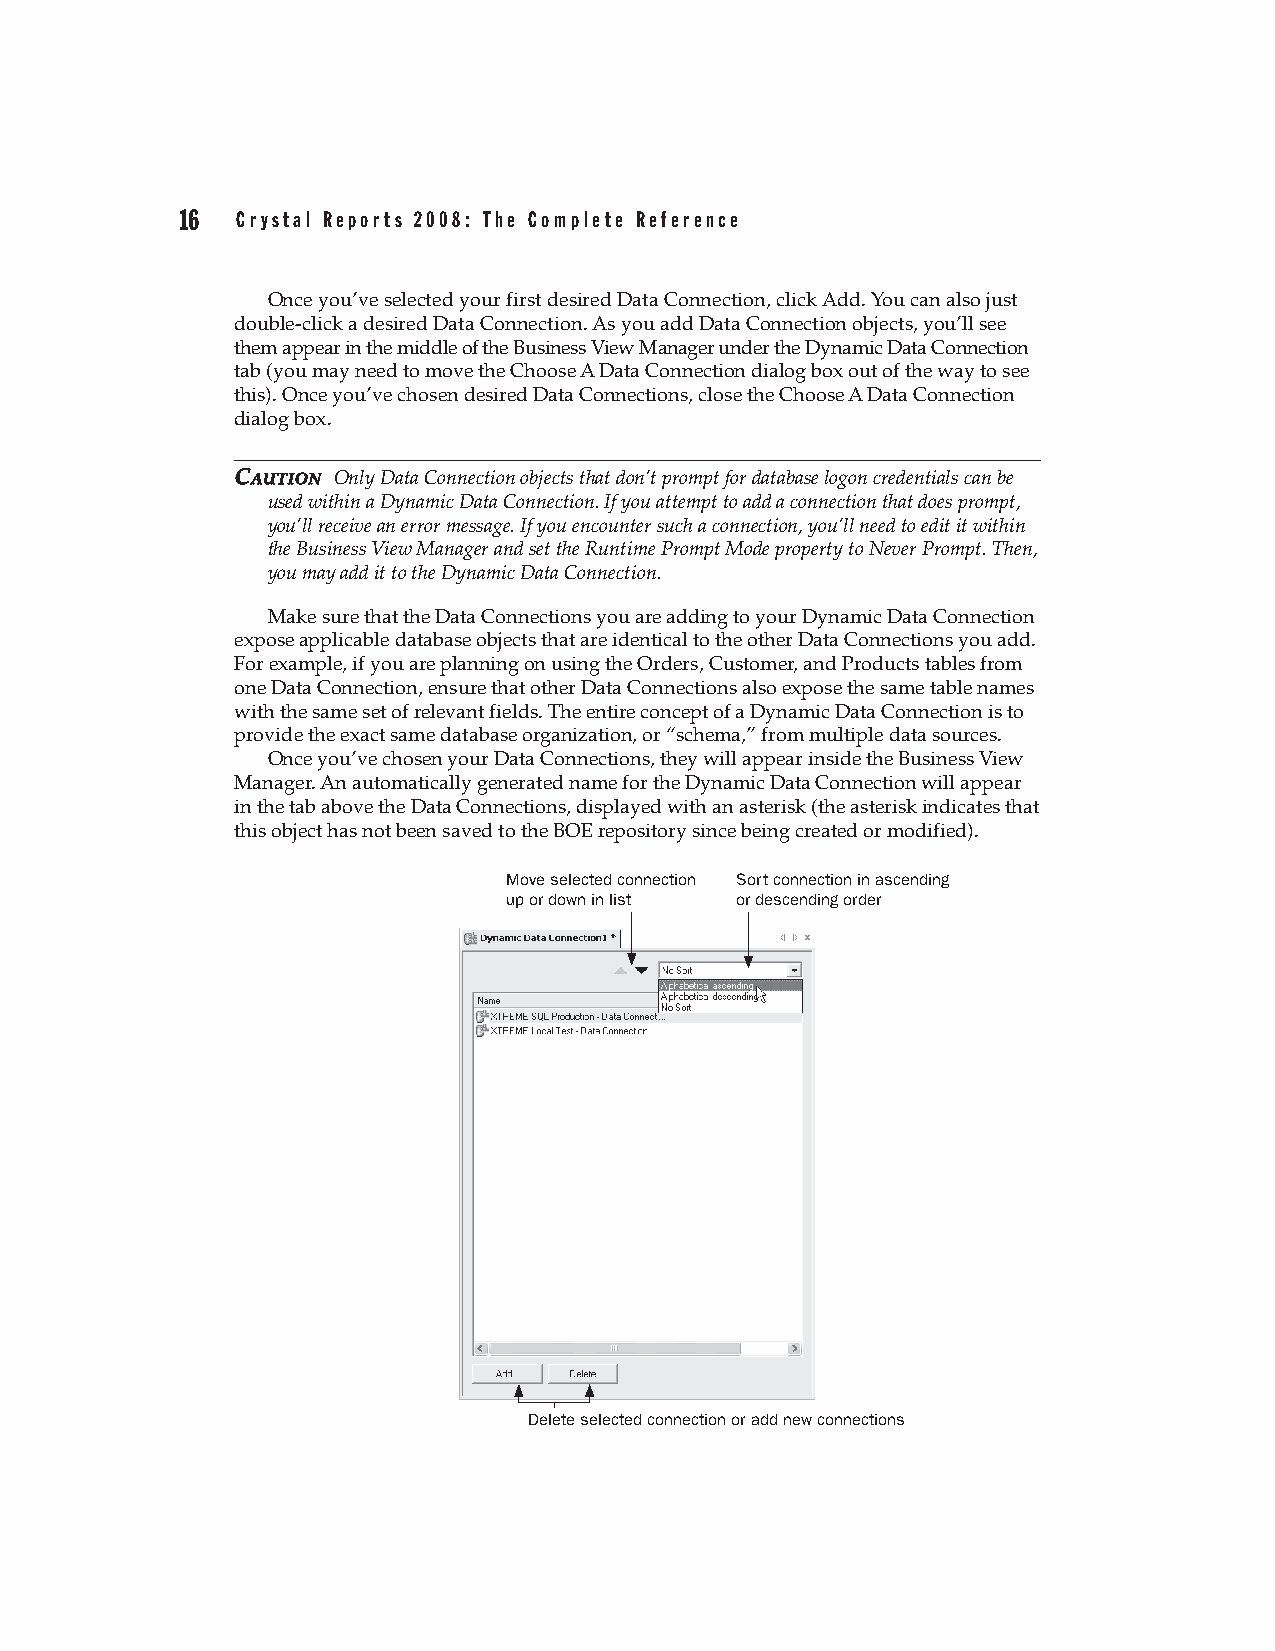
16  Crystal Reports 2008: The Complete Reference
 Once you’ve selected your first desired Data Connection, click Add. You can also just
 double-click a desired Data Connection. As you add Data Connection objects, you’ll see
 them appear in the middle of the Business View Manager under the Dynamic Data Connection
 tab (you may need to move the Choose A Data Connection dialog box out of the way to see
 this). Once you’ve chosen desired Data Connections, close the Choose A Data Connection
 dialog box.
 CCAAUUTTIIOONN Only Data Connection objects that don’t prompt for database logon credentials can be
 used within a Dynamic Data Connection. If you attempt to add a connection that does prompt,
 you’ll receive an error message. If you encounter such a connection, you’ll need to edit it within
 the Business View Manager and set the Runtime Prompt Mode property to Never Prompt. Then,
 you may add it to the Dynamic Data Connection.
 Make sure that the Data Connections you are adding to your Dynamic Data Connection
 expose applicable database objects that are identical to the other Data Connections you add.
 For example, if you are planning on using the Orders, Customer, and Products tables from
 one Data Connection, ensure that other Data Connections also expose the same table names
 with the same set of relevant fields. The entire concept of a Dynamic Data Connection is to
 provide the exact same database organization, or “schema,” from multiple data sources.
 Once you’ve chosen your Data Connections, they will appear inside the Business View
 Manager. An automatically generated name for the Dynamic Data Connection will appear
 in the tab above the Data Connections, displayed with an asterisk (the asterisk indicates that
 this object has not been saved to the BOE repository since being created or modified).
 Move selected connection Sort connection in ascending
 up or down in list or descending order
 Delete selected connection or add new connections